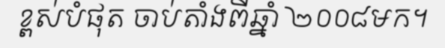
ខ្ពស់បំផុត ចាប់តាំងពីឆ្នាំ ២០០៨មក។